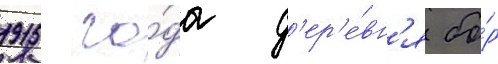
1915 го́да д'ер'е́вн'я бо́р